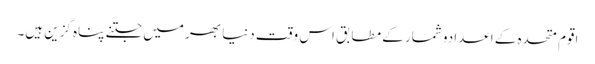
اقوم متحدہ کے اعدادو شمار کے مطابق اس وقت دنیا بھر میں جتنے پناہ گزین ہیں۔